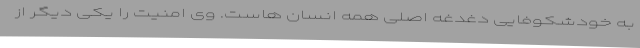
به خودشکوفایی دغدغه اصلی همه انسان هاست. وی امنیت را یکی دیگر از